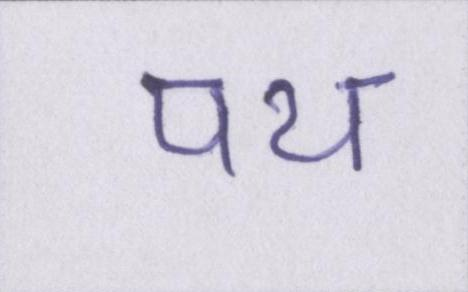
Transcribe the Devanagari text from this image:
पथ